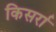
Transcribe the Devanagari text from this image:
किसर्रा